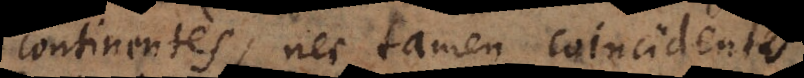
continentes, nec tamen coincidentes